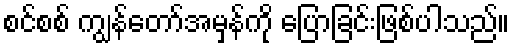
စင်စစ် ကျွန်တော်အမှန်ကို ပြောခြင်းဖြစ်ပါသည်။